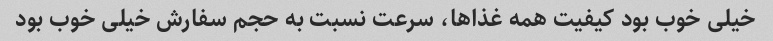
خیلی خوب بود کیفیت همه غذاها، سرعت نسبت به حجم سفارش خیلی خوب بود